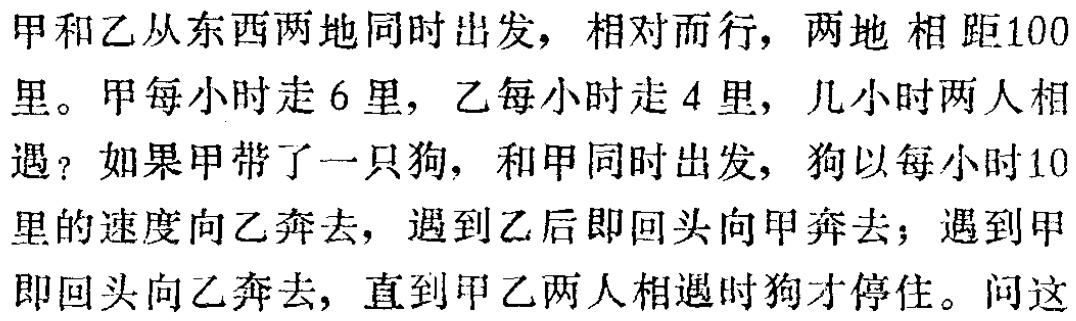
甲和乙从东西两地同时出发，相对而行，两地 相距100里。甲每小时走 6 里，乙每小时走 4 里，几小时两人相遇？如果甲带了一只狗，和甲同时出发，狗以每小时10里的速度向乙奔去，遇到乙后即回头向甲奔去；遇到甲即回头向乙奔去，直到甲乙两人相遇时狗才停住。问这